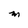
Character: M